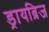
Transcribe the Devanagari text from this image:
ड्रायब्रिज